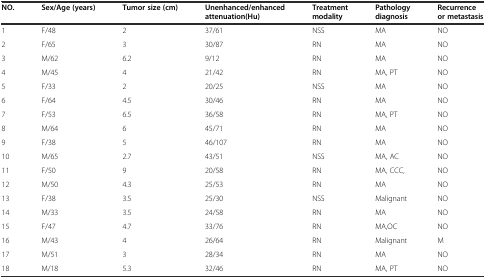
| NO. | Sex/Age (years) | Tumor size (cm) | Unenhanced/enhanced attenuation(Hu) | Treatment modality | Pathology diagnosis | Recurrence or metastasis |
 | --- | --- | --- | --- | --- | --- | --- |
 | 1 | F/48 | 2 | 37/61 | NSS | MA | NO |
 | 2 | F/65 | 3 | 30/87 | RN | MA | NO |
 | 3 | M/62 | 6.2 | 9/12 | RN | MA | NO |
 | 4 | M/45 | 4 | 21/42 | RN | MA, PT | NO |
 | 5 | F/33 | 2 | 20/25 | NSS | MA | NO |
 | 6 | F/64 | 4.5 | 30/46 | RN | MA | NO |
 | 7 | F/53 | 6.5 | 36/58 | RN | MA, PT | NO |
 | 8 | M/64 | 6 | 45/71 | RN | MA | NO |
 | 9 | F/38 | 5 | 46/107 | RN | MA | NO |
 | 10 | M/65 | 2.7 | 43/51 | NSS | MA, AC | NO |
 | 11 | F/50 | 9 | 20/58 | RN | MA, CCC, | NO |
 | 12 | M/50 | 4.3 | 25/53 | RN | MA | NO |
 | 13 | F/38 | 3.5 | 25/30 | NSS | Malignant | NO |
 | 14 | M/33 | 3.5 | 24/58 | RN | MA | NO |
 | 15 | F/47 | 4.7 | 33/76 | RN | MA,OC | NO |
 | 16 | M/43 | 4 | 26/64 | RN | Malignant | M |
 | 17 | M/51 | 3 | 28/34 | RN | MA | NO |
 | 18 | M/18 | 5.3 | 32/46 | RN | MA, PT | NO |